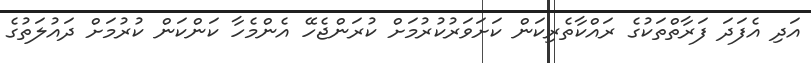
އަދި އެފަދަ ފަރާތްތަކުގެ ރައްކާތެރިކަން ކަށަވަރުކުރުމަށް ކުރަންޖެހޭ އެންމެހާ ކަންކަން ކުރުމަށް ދައުލަތުގެ